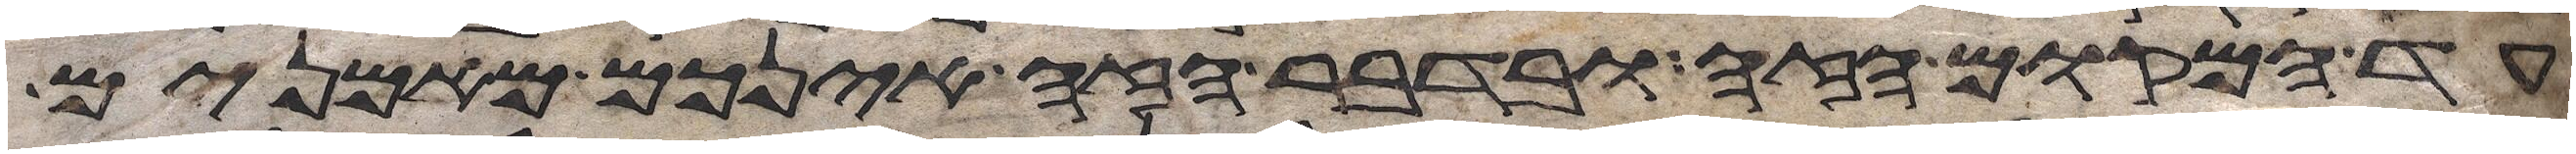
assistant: עד המקום הזה ובדבר הזה אינכם מאמנים